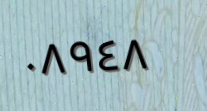
٠٨٩٤٨